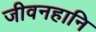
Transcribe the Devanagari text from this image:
जीवनहानि